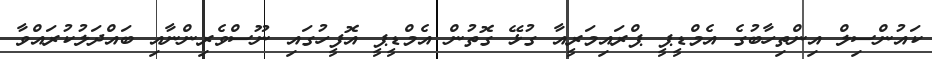
ކައުންސިލް އިންތިހާބުގެ އެމްޑީޕީ ޕްރައިމަރީއާ ގުޅޭ ގޮތުން އެމްޑީޕީ އޮފީހުގައި ނޫސްވެރިންނާއި ބައްދަލުކުރައްވާ